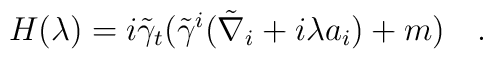
H(\lambda)=i\tilde{\gamma}_t(\tilde{\gamma}^i (\tilde{\nabla}_i+i\lambda a_i)+m)~~~.